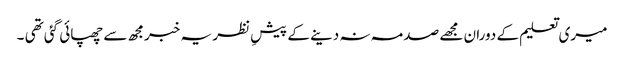
میری تعلیم کے دوران مجھے صدمہ نہ دینے کے پیشِ نظر یہ خبرمجھ سے چھپائی گئی تھی ۔